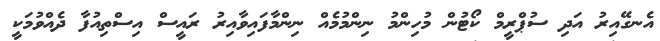
އެނގޭއިރު އަދި ސުޕްރީމް ކޯޓުން މުހިންމު ނިންމުމެއް ނިންމާފައިވާއިރު ރައީސް އިސްތިއުފާ ދެއްވުމަކީ